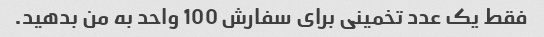
فقط یک عدد تخمینی برای سفارش 100 واحد به من بدهید.